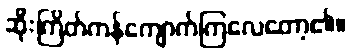
ဆိုးကြိတ်ကန်ကျောက်ကြလေတော့၏။